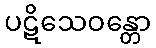
ပဋိသေဝန္တော